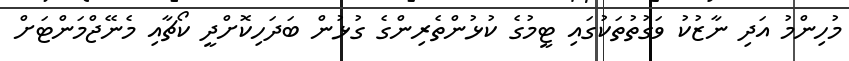
މުހިންމު އަދި ނާޒުކު ވަގުތުތަކުގައި ޓީމުގެ ކުޅުންތެރިންގެ ގުޅުން ބަދަހިކޮށްދީ ކޯޗާއި މެނޭޖްމަންޓަށް